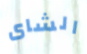
الشاى